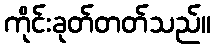
ကိုင်းခုတ်တတ်သည်။